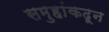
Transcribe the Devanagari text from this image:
समुहांकदून